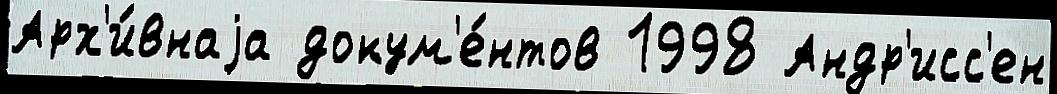
Арх'и́внаjа докум'е́нтов 1998 Андр'исс'ен